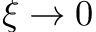
\xi \rightarrow 0